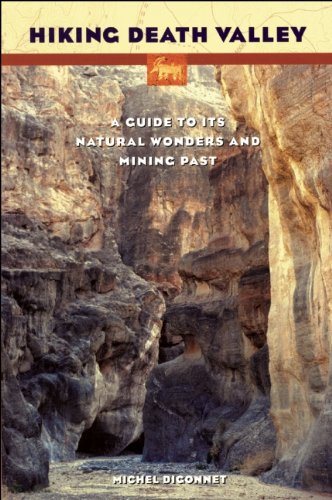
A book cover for Hiking Death Valley: A Guide to Its Natural Wonders and Mining Past; Health, Fitness & Dieting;